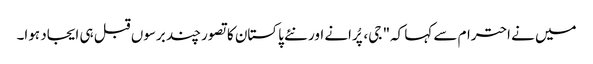
میں نے احترام سے کہا کہ" جی، پُرانے اور نئے پاکستان کا تصور چند برسوں قبل ہی ایجاد ہوا۔